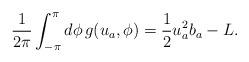
LaTeX: \begin{align*}\frac{1}{2\pi}\int_{-\pi}^{\pi}d\phi\,g(u_a,\phi)=\frac{1}{2}u^2_ab_a-L.\end{align*}